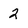
Character: 2